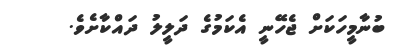
ބުނާމީހަކަށް ޖެހޭނީ އެކަމުގެ ދަލީލު ދައްކާށެވެ.